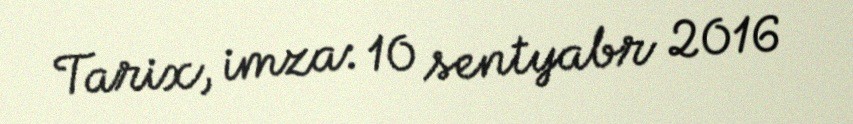
Tarix, imza: 10 sentyabr 2016